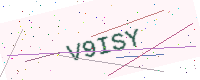
Text: V9ISY